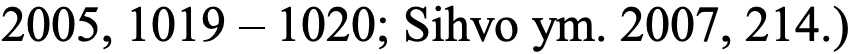
2005, 1019 – 1020; Sihvo ym. 2007, 214.)